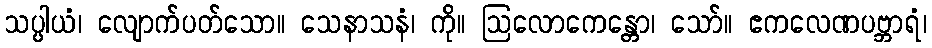
သပ္ပါယံ၊ လျောက်ပတ်သော။ သေနာသနံ၊ ကို။ ဩလောကေန္တော၊ သော်။ ဧကလေဏပဗ္ဘာရံ၊